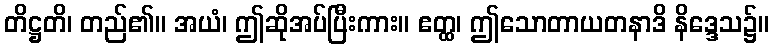
တိဋ္ဌတိ၊ တည်၏။ အယံ၊ ဤဆိုအပ်ပြီးကား။ ဧတ္ထ၊ ဤသောတာယတနာဒိ နိဒ္ဒေသ၌။